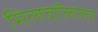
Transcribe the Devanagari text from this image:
मिलवॉलला